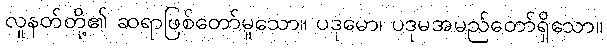
လူနတ်တို့၏ ဆရာဖြစ်တော်မူသော။ ပဒုမော၊ ပဒုမအမည်တော်ရှိသော။